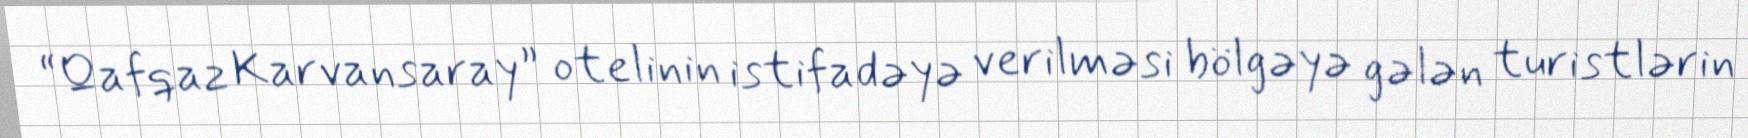
“Qafqaz Karvansaray” otelinin istifadəyə verilməsi bölgəyə gələn turistlərin